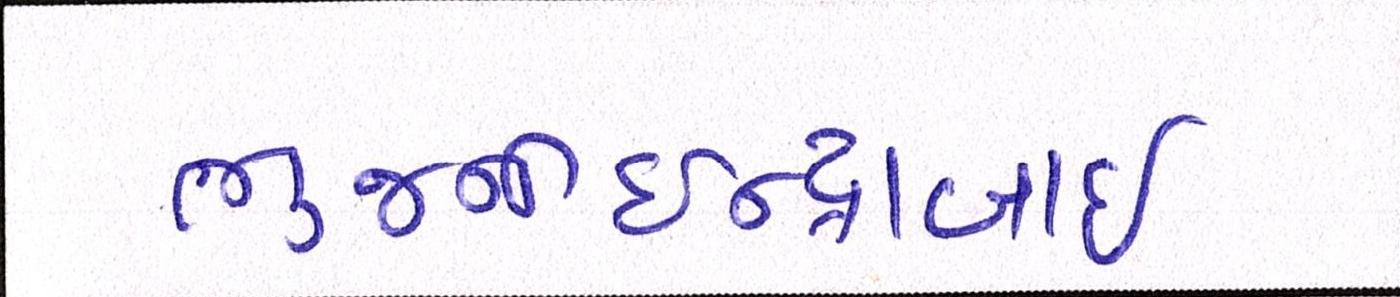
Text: ભુજનીઇન્દ્રાબાઇ